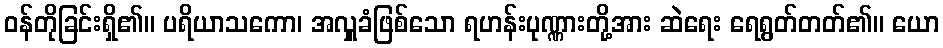
ဝန်တိုခြင်းရှိ၏။ ပရိယာသကော၊ အလှူခံဖြစ်သော ရဟန်းပုဏ္ဏားတို့အား ဆဲရေး ရေရွတ်တတ်၏။ ယော